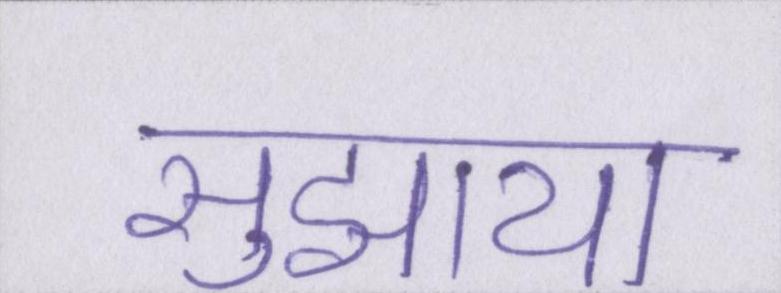
सुझाया